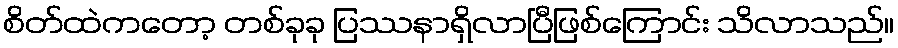
စိတ်ထဲကတော့ တစ်ခုခု ပြဿနာရှိလာပြီဖြစ်ကြောင်း သိလာသည်။